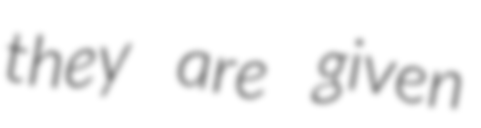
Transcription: they are given